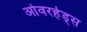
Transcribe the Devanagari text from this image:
ओवरहेड्स